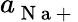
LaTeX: a_{\mathrm{~N~a~+~}}^{\mathrm{~}}